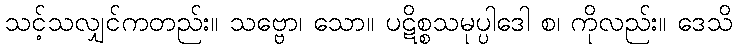
သင့်သလျှင်ကတည်း။ သဗ္ဗော၊ သော။ ပဋိစ္စသမုပ္ပါဒေါ စ၊ ကိုလည်း။ ဒေသိ